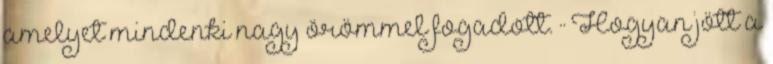
amelyet mindenki nagy örömmel fogadott. ·· Hogyan jött a